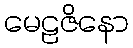
မေဠဇိနော